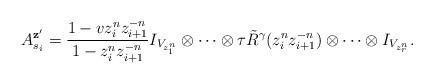
LaTeX: \begin{align*}A_{s_i}^{\mathbf{z}'} = \frac{1-vz_i^n z_{i+1}^{-n}}{1-z_i^n z_{i+1}^{-n}} I_{V_{z^n_1}} \otimes \cdots \otimes \tau \tilde R^{\gamma}(z_i^n z_{i+1}^{-n}) \otimes \cdots \otimes I_{V_{z^n_r}}.\end{align*}